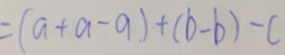
= ( a + a - a ) + ( b - b ) - c